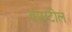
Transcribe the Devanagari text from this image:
बासटील